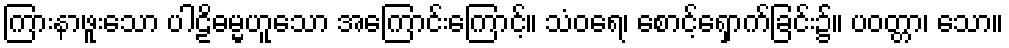
ကြားနာဖူးသော ပါဠိဓမ္မဟူသော အကြောင်းကြောင့်။ သံဝရေ၊ စောင့်ရှောက်ခြင်း၌။ ပဝတ္တာ၊ သော။